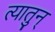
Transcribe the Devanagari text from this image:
त्यातुन्